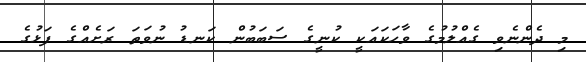
މި ދެންނެވި ގެއްލުމުގެ ވާހަކައަކީ ކުނީގެ ސަބަބުން ކަނޑު ނުވަތަ ރަށެއްގެ ފަޅުގެ